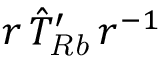
r \, \hat { T } _ { \! \ensuremath { \mathit { R b } } } ^ { \prime } \, r ^ { - 1 }